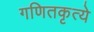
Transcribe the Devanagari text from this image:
गणितकृत्ये